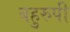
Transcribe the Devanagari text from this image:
बहुरुपी